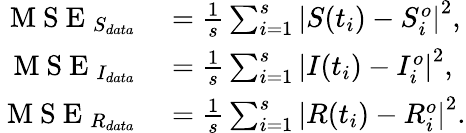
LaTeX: \begin{array}{rl}{\mathrm{~M~S~E~}_{S_{data}}}&{{}=\frac{1}{s}\sum_{i=1}^{s}\left|S(t_{i})-S_{i}^{o}\right|^{2},}\\ {\mathrm{~M~S~E~}_{I_{data}}}&{{}=\frac{1}{s}\sum_{i=1}^{s}\left|I(t_{i})-I_{i}^{o}\right|^{2},}\\ {\mathrm{~M~S~E~}_{R_{data}}}&{{}=\frac{1}{s}\sum_{i=1}^{s}\left|R(t_{i})-R_{i}^{o}\right|^{2}.}\end{array}